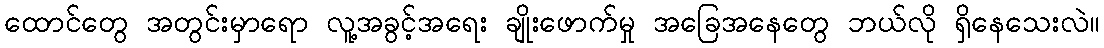
ထောင်တွေ အတွင်းမှာရော လူ့အခွင့်အရေး ချိုးဖောက်မှု အခြေအနေတွေ ဘယ်လို ရှိနေသေးလဲ။